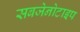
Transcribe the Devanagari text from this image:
सबजेनोटाइप